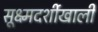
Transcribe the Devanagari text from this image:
सूक्ष्मदर्शीखाली